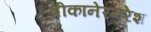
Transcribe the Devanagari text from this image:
बीकानेरनरेश